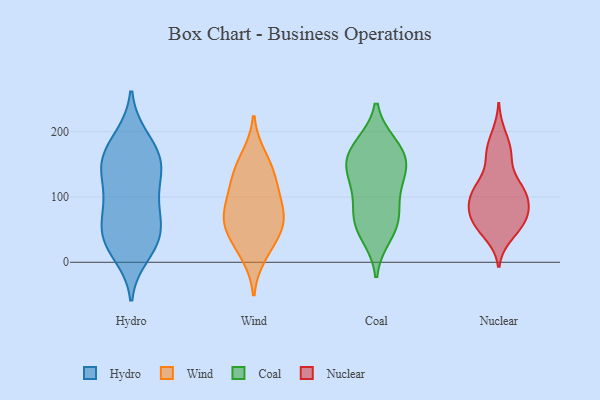
{"axis": {"x": "Market Share (%)", "y": "Value"}, "legend": ["Coal", "Hydro", "Nuclear", "Wind"], "data": [{"x": "", "y": 27, "type": "Hydro"}, {"x": "", "y": 155, "type": "Hydro"}, {"x": "", "y": 188, "type": "Hydro"}, {"x": "", "y": 12, "type": "Hydro"}, {"x": "", "y": 128, "type": "Hydro"}, {"x": "", "y": 149, "type": "Hydro"}, {"x": "", "y": 80, "type": "Hydro"}, {"x": "", "y": 141, "type": "Hydro"}, {"x": "", "y": 68, "type": "Hydro"}, {"x": "", "y": 105, "type": "Hydro"}, {"x": "", "y": 36, "type": "Hydro"}, {"x": "", "y": 191, "type": "Hydro"}, {"x": "", "y": 29, "type": "Hydro"}, {"x": "", "y": 161, "type": "Hydro"}, {"x": "", "y": 40, "type": "Hydro"}, {"x": "", "y": 58, "type": "Hydro"}, {"x": "", "y": 154, "type": "Hydro"}, {"x": "", "y": 90, "type": "Hydro"}, {"x": "", "y": 51, "type": "Wind"}, {"x": "", "y": 59, "type": "Wind"}, {"x": "", "y": 162, "type": "Wind"}, {"x": "", "y": 66, "type": "Wind"}, {"x": "", "y": 11, "type": "Wind"}, {"x": "", "y": 122, "type": "Wind"}, {"x": "", "y": 83, "type": "Wind"}, {"x": "", "y": 143, "type": "Wind"}, {"x": "", "y": 33, "type": "Wind"}, {"x": "", "y": 118, "type": "Wind"}, {"x": "", "y": 83, "type": "Wind"}, {"x": "", "y": 76, "type": "Coal"}, {"x": "", "y": 144, "type": "Coal"}, {"x": "", "y": 116, "type": "Coal"}, {"x": "", "y": 176, "type": "Coal"}, {"x": "", "y": 157, "type": "Coal"}, {"x": "", "y": 178, "type": "Coal"}, {"x": "", "y": 42, "type": "Coal"}, {"x": "", "y": 157, "type": "Coal"}, {"x": "", "y": 124, "type": "Coal"}, {"x": "", "y": 65, "type": "Coal"}, {"x": "", "y": 61, "type": "Coal"}, {"x": "", "y": 104, "type": "Nuclear"}, {"x": "", "y": 40, "type": "Nuclear"}, {"x": "", "y": 61, "type": "Nuclear"}, {"x": "", "y": 110, "type": "Nuclear"}, {"x": "", "y": 164, "type": "Nuclear"}, {"x": "", "y": 50, "type": "Nuclear"}, {"x": "", "y": 78, "type": "Nuclear"}, {"x": "", "y": 105, "type": "Nuclear"}, {"x": "", "y": 106, "type": "Nuclear"}, {"x": "", "y": 52, "type": "Nuclear"}, {"x": "", "y": 69, "type": "Nuclear"}, {"x": "", "y": 173, "type": "Nuclear"}, {"x": "", "y": 125, "type": "Nuclear"}, {"x": "", "y": 197, "type": "Nuclear"}, {"x": "", "y": 83, "type": "Nuclear"}, {"x": "", "y": 85, "type": "Nuclear"}, {"x": "", "y": 163, "type": "Nuclear"}, {"x": "", "y": 74, "type": "Nuclear"}, {"x": "", "y": 121, "type": "Nuclear"}]}